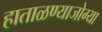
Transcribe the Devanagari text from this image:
हाताळण्याजोग्या